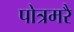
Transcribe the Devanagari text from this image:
पोत्रमरै